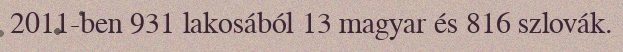
2011-ben 931 lakosából 13 magyar és 816 szlovák.